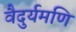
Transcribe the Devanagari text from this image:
वैदुर्यमणि